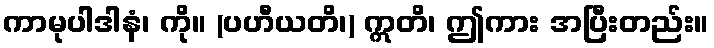
ကာမုပါဒါနံ၊ ကို။ (ပဟီယတိ၊) ဣတိ၊ ဤကား အပြီးတည်း။